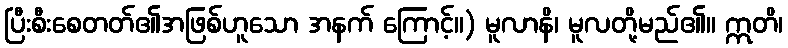
ပြီးစီးစေတတ်၏အဖြစ်ဟူသော အနက် ကြောင့်။) မူလာနိ၊ မူလတို့မည်၏။ ဣတိ၊